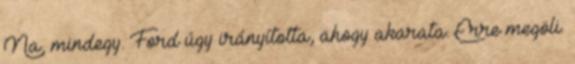
Na, mindegy. Ford úgy irányította, ahogy akarata. Erre megöli.